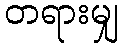
တရားမျှ